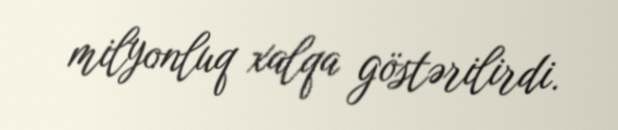
milyonluq xalqa göstərilirdi.